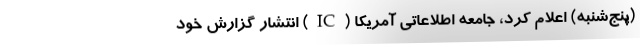
(پنج‌شنبه) اعلام کرد، جامعه اطلاعاتی آمریکا (IC) انتشار گزارش خود